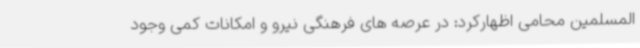
المسلمین محامی اظهارکرد: در عرصه های فرهنگی نیرو و امکانات کمی وجود